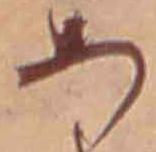
あ